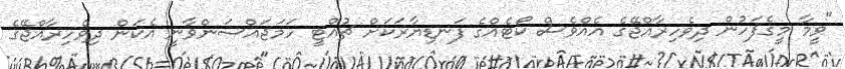
"ވީމާ މީގެފަހުން ދިވެހިރާއްޖޭގެ އެއްވެސް ކޯޓެއްގެ ފަނޑިޔާރަކަށް ޗުއްޓީ ހަމަޖައްސަންވާނީ އެކަން ދިވެހިރާއްޖޭގެ